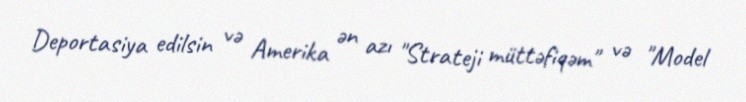
Deportasiya edilsin və Amerika ən azı "Strateji müttəfiqəm" və "Model